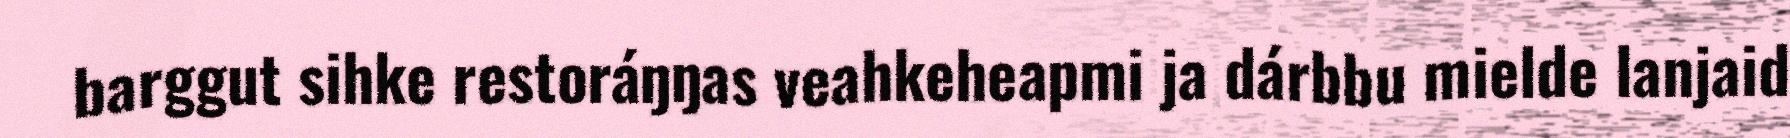
barggut sihke restoráŋŋas veahkeheapmi ja dárbbu mielde lanjaid